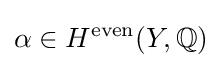
\alpha \in H^{\text{even}}(Y,\mathbb {Q} )